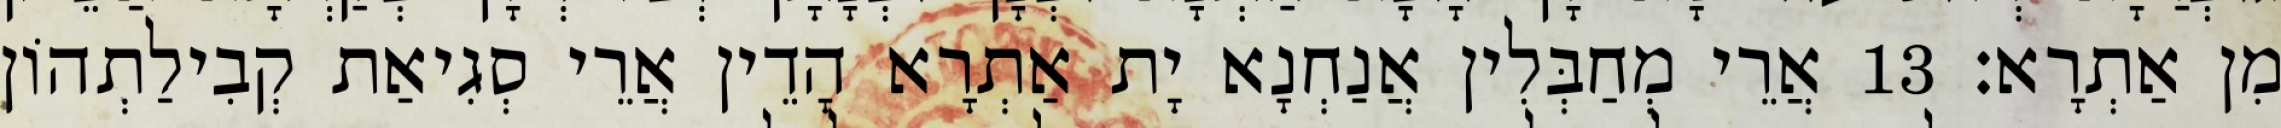
מִן אַתְרָא׃ 13 אֲרֵי מְחַבְּלִין אֲנַחְנָא יָת אַתְרָא הָדֵין אֲרֵי סְגִיאַת קְבִילַתְהוֹן